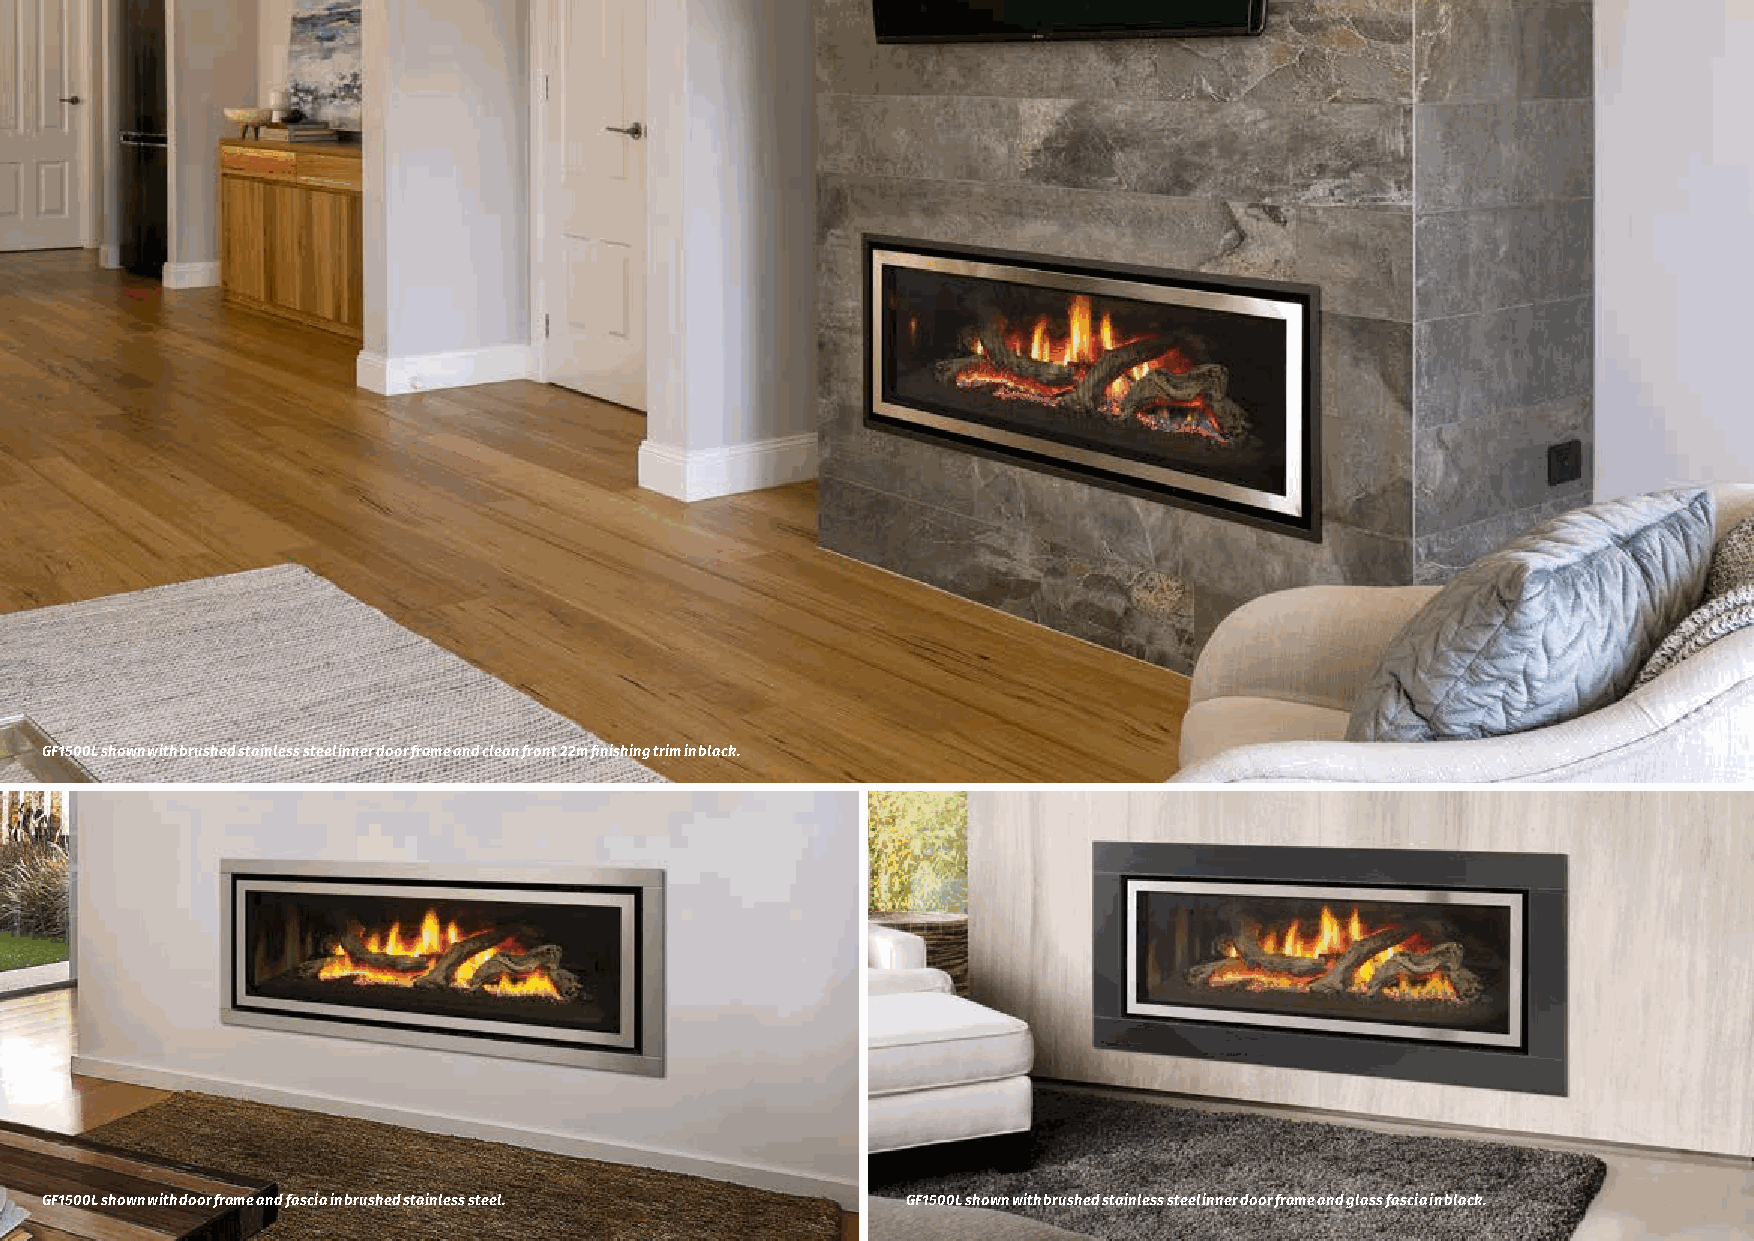
GF1500L shown with brushed stainless steel inner door frame and clean front 22m finishing trim in black.
 9
 GF1500L shown with door frame and fascia in brushed stainless steel. GF1500L shown with brushed stainless steel inner door frame and glass fascia in black.